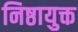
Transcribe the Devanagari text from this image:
निष्ठायुक्त